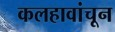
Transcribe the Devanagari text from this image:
कलहावांचून